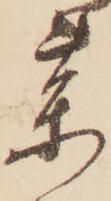
薬